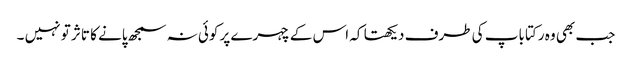
جب بھی وہ رکتا باپ کی طرف دیکھتا کہ اس کے چہرے پر کوئی نہ سمجھ پانے کا تاثر تو نہیں ۔